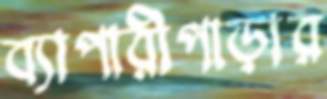
ব্যাপারীপাড়ার